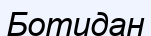
Ботидан